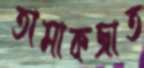
তামাকজাত